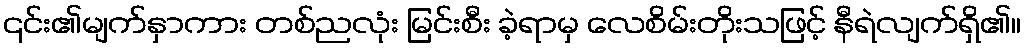
၎င်း၏မျက်နှာကား တစ်ညလုံး မြင်းစီး ခဲ့ရာမှ လေစိမ်းတိုးသဖြင့် နီရဲလျက်ရှိ၏။